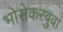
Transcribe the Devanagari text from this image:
भोसेकरबुवा